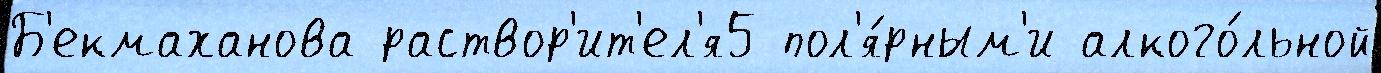
Б'екмаханова раствор'ит'ел'я5 пол'я́рным'и алкого́льной